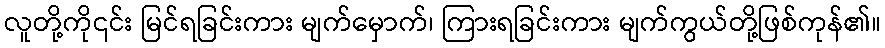
လူတို့ကို၎င်း မြင်ရခြင်းကား မျက်မှောက်၊ ကြားရခြင်းကား မျက်ကွယ်တို့ဖြစ်ကုန်၏။